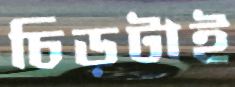
চিড়টাই